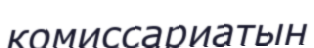
комиссариатын